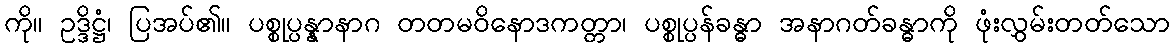
ကို။ ဥဒ္ဒိဋ္ဌံ၊ ပြအပ်၏။ ပစ္စုပ္ပန္နာနာဂ တတမဝိနောဒကတ္တာ၊ ပစ္စုပ္ပန်ခန္ဓာ အနာဂတ်ခန္ဓာကို ဖုံးလွှမ်းတတ်သော